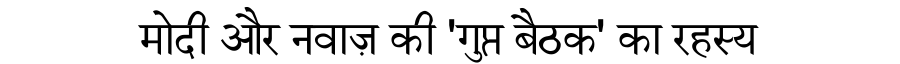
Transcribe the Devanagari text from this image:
मोदी और नवाज़ की 'गुप्त बैठक' का रहस्य